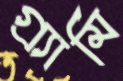
গ্র্যামি